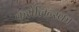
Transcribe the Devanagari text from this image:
कॅरोलिन्स्का